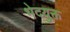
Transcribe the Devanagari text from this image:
भेदयुक्त